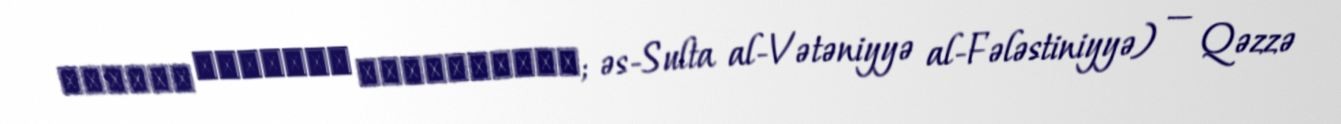
السلطة الوطنية الفلسطينية; əs-Sulta al-Vətəniyyə al-Fələstiniyyə) — Qəzzə